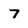
Character: 7